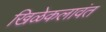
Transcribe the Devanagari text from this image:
खिळेकलावंत